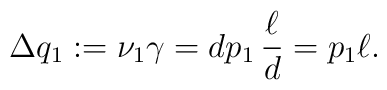
\Delta q_1 	:=\nu_1 \gamma 	= d p_1 \, \frac{\ell}{d} 	= p_1 \ell.